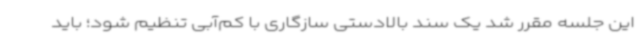
این جلسه مقرر شد یک سند بالادستی سازگاری با کم‌آبی تنظیم شود؛ باید